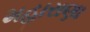
મહારાણા